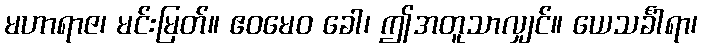
မဟာရာဇ၊ မင်းမြတ်။ ဧဝမေဝ ခေါ၊ ဤအတူသာလျှင်။ ယေသင်္ခါရာ၊